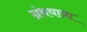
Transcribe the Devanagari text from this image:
ग्रंथयात्रा